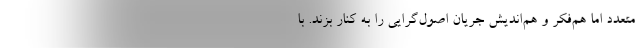
متعدد اما هم‌فکر و هم‌اندیش جریان اصول‌گرایی را به کنار بزند. با